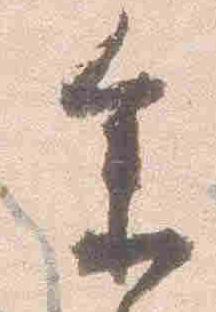
参